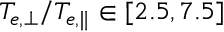
T _ { e , \perp } / T _ { e , \parallel } \in [ 2 . 5 , 7 . 5 ]